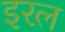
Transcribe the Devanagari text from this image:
इरल